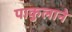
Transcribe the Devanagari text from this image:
पाकुलाने